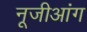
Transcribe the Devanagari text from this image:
नूजीआंग